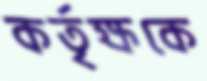
কর্তৃক্ষকে